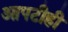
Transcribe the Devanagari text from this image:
आपटीही